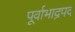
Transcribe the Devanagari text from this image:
पूर्वाभाद्रपद